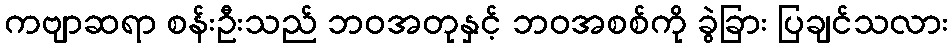
ကဗျာဆရာ စန်းဦးသည် ဘဝအတုနှင့် ဘဝအစစ်ကို ခွဲခြား ပြချင်သလား